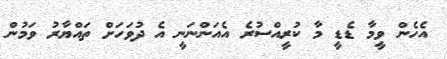
އެހެން ވީމާ ޑެޑީ މާ ކުރީއްސުރެ އެއަންނަނީ އެ ދުވަހަށް ތައްޔާރު ވަމުން